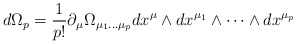
\begin{align*}d\Omega _{p}=\frac{1}{p!}\partial _{\mu }\Omega _{\mu _{1}\dots \mu _{p}}dx^{\mu }\wedge dx^{\mu _{1}}\wedge \dots \wedge dx^{\mu _{p}}\end{align*}